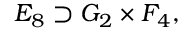
E _ { 8 } \supset G _ { 2 } \times F _ { 4 } ,